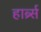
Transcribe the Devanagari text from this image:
हार्ब्र्स